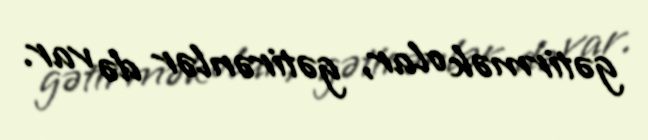
gətirmək olar, gətirənlər də var.